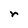
Character: r